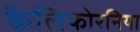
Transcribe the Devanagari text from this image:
कैलिफोरनिया